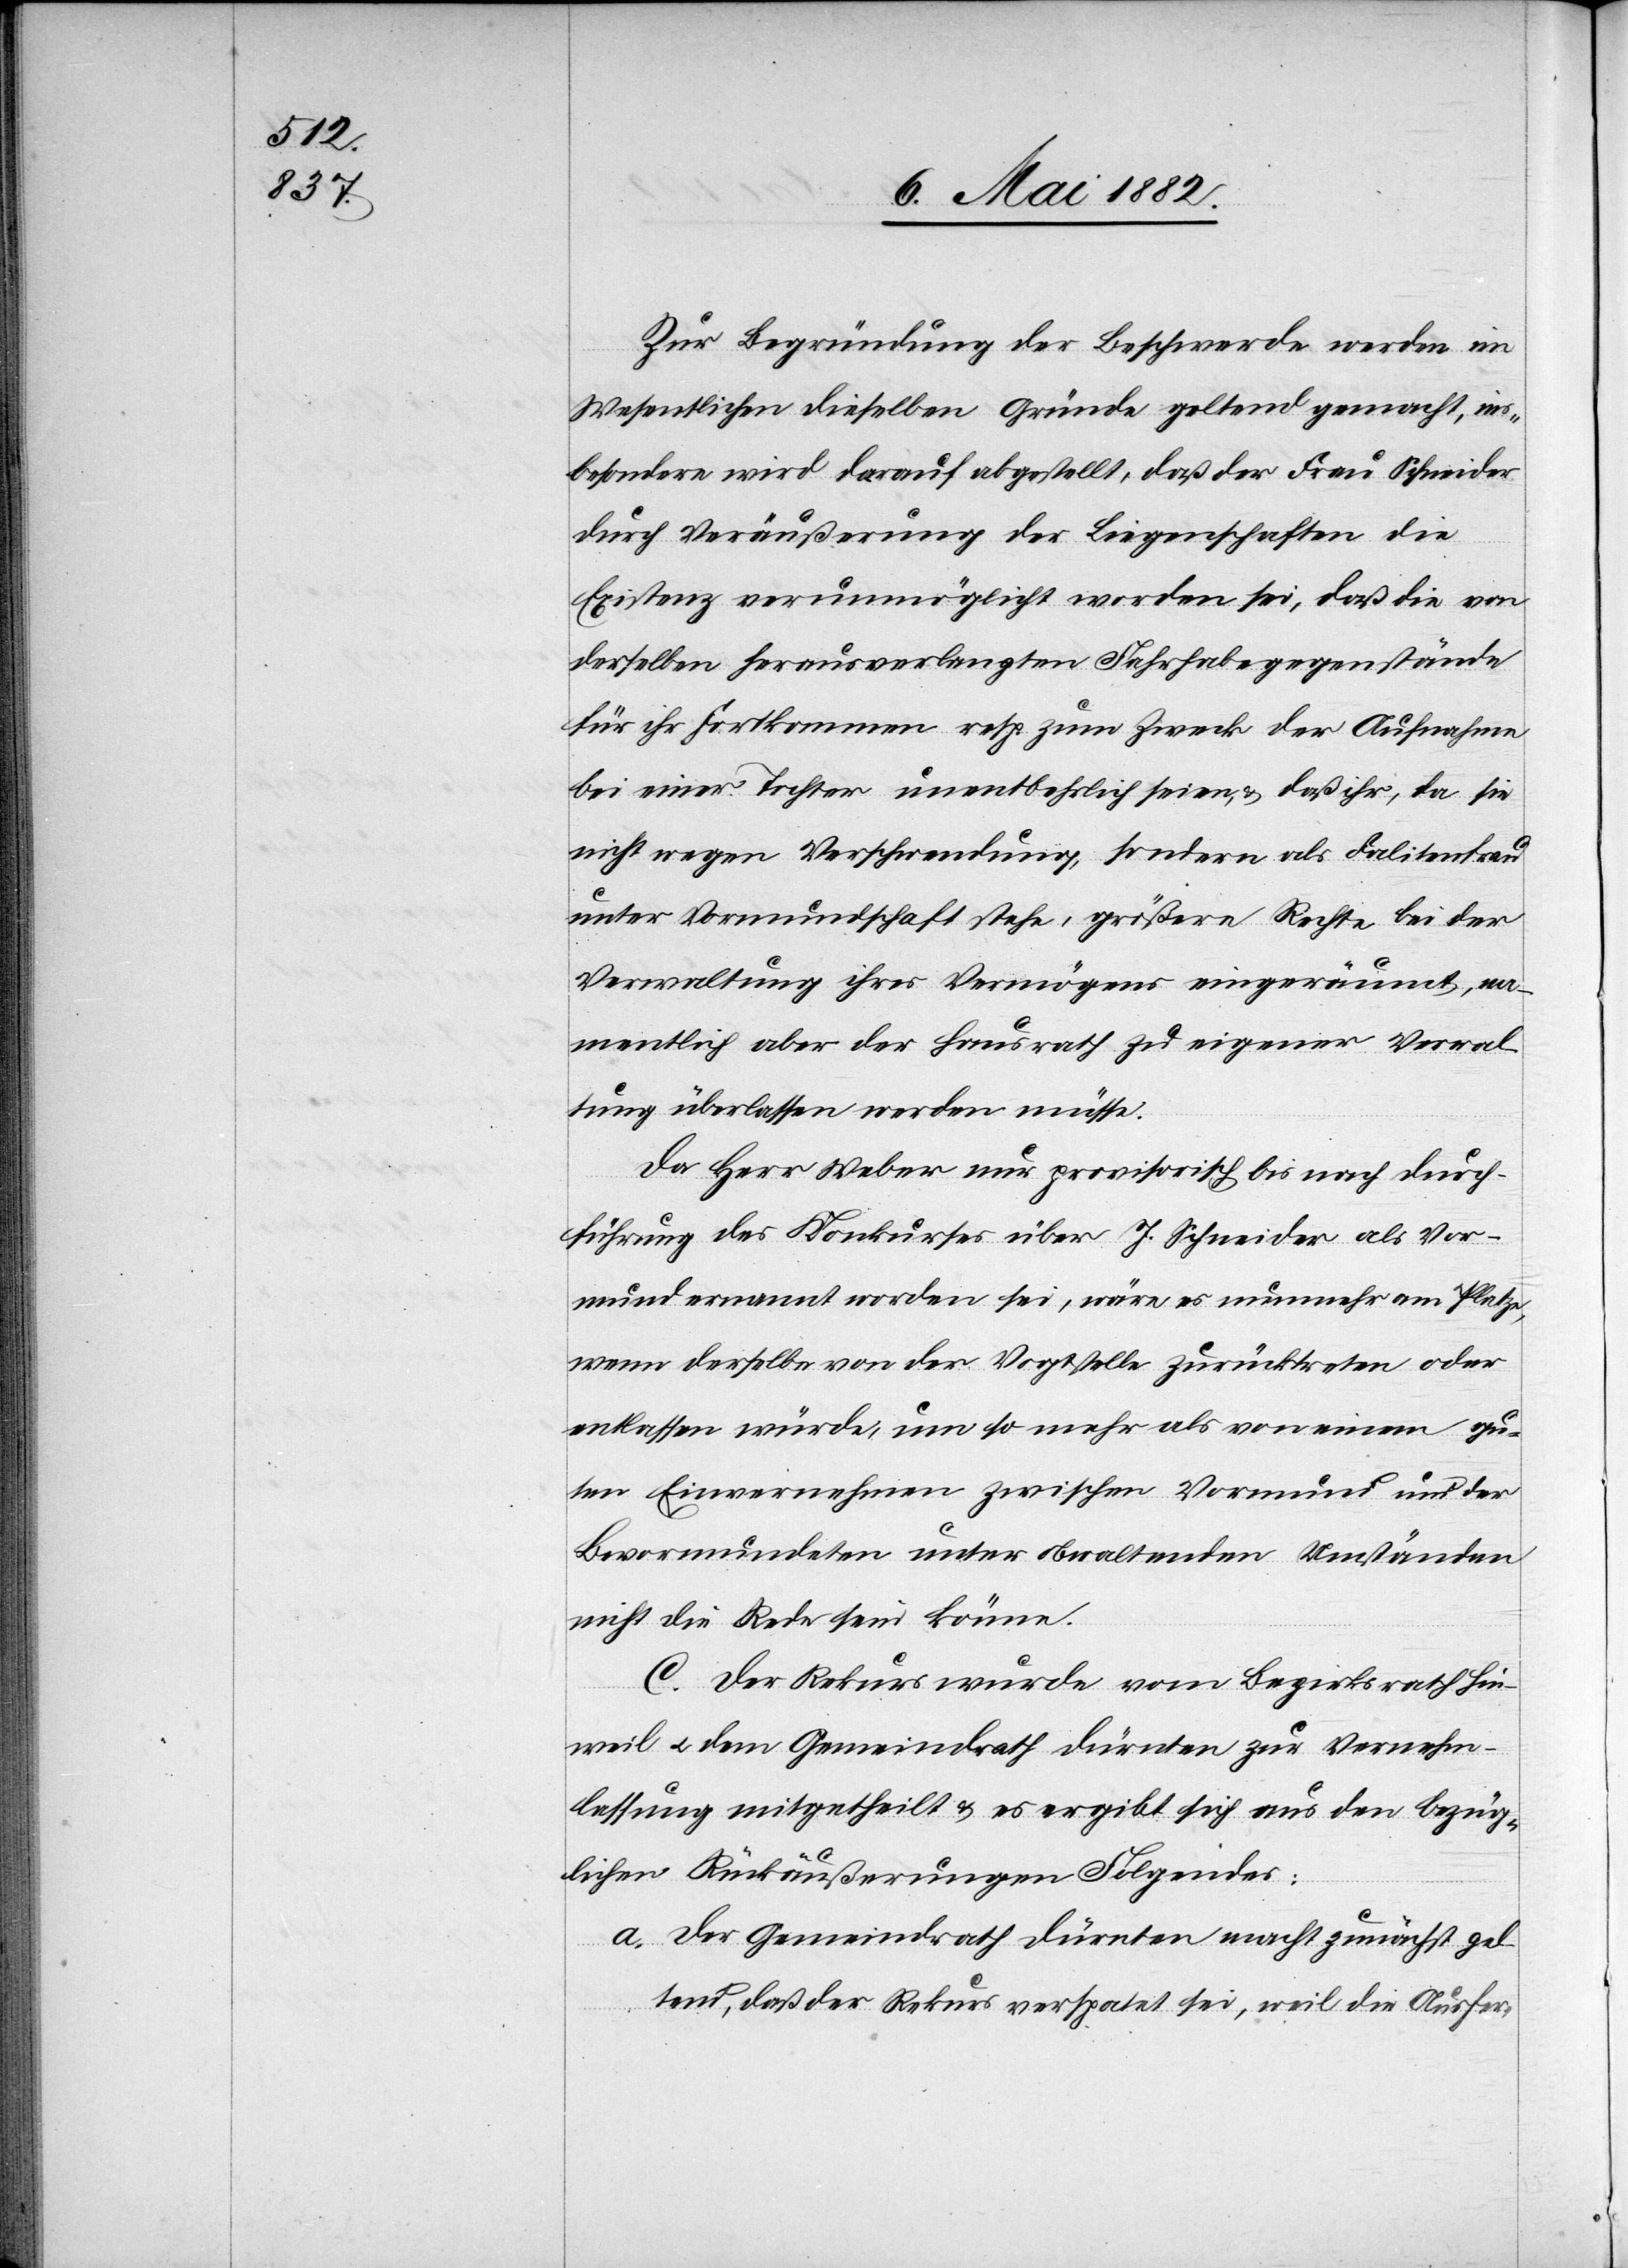
Zur Begründung der Beschwerde werden im
Wesentlichen dieselben Gründe geltend gemacht, ins¬
besondere wird darauf abgestellt, daß der Frau Schneider
durch Veräußerung der Liegenschaften die
Existenz verunmöglicht worden sei, daß die von
derselben herausverlangten Fahrhabegegenstände
für ihr Fortkommen resp. zum Zwecke der Aufnahme
bei einer Tochter unentbehrlich seien, & daß ihr, da sie
nicht wegen Verschwendung, sondern als Falitenfrau
unter Vormundschaft stehe, größere Rechte bei der
Verwaltung ihres Vermögens eingeräumt, na¬
mentlich aber der Hausrath zu eigener Verwal¬
tung überlassen werden müsse.
Da Herr Weber nur provisorisch bis nach Durch¬
führung des Konkurses über J. Schneider als Vor¬
mund ernannt worden sei, wäre es nunmehr am Platze,
wenn derselbe von der Vogtstelle zurücktreten oder
entlassen würde, um so mehr als von einem gu¬
ten Einvernehmen zwischen Vormund und der
Bevormundeten unter obwaltenden Umständen
nicht die Rede sein könne.
C. Der Rekurs wurde vom [recte: dem] Bezirksrath Hin¬
weil u. dem Gemeindrath Dürnten zur Vernehm¬
lassung mitgetheilt & es ergibt sich aus den bezüg¬
lichen Rückäußerungen Folgendes:
a. Der Gemeindrath Dürnten macht zunächst gel¬
tend, daß der Rekurs verspätet sei, weil die Ausfer-